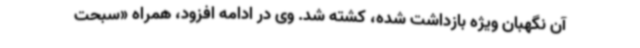
آن نگهبان ویژه بازداشت شده، کشته شد. وی در ادامه افزود، همراه «سبحت